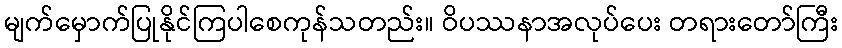
မျက်မှောက်ပြုနိုင်ကြပါစေကုန်သတည်း။ ဝိပဿနာအလုပ်ပေး တရားတော်ကြီး